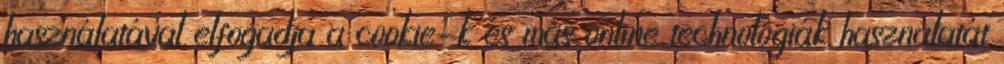
használatával elfogadja a cookie-k és más online technológiák használatát